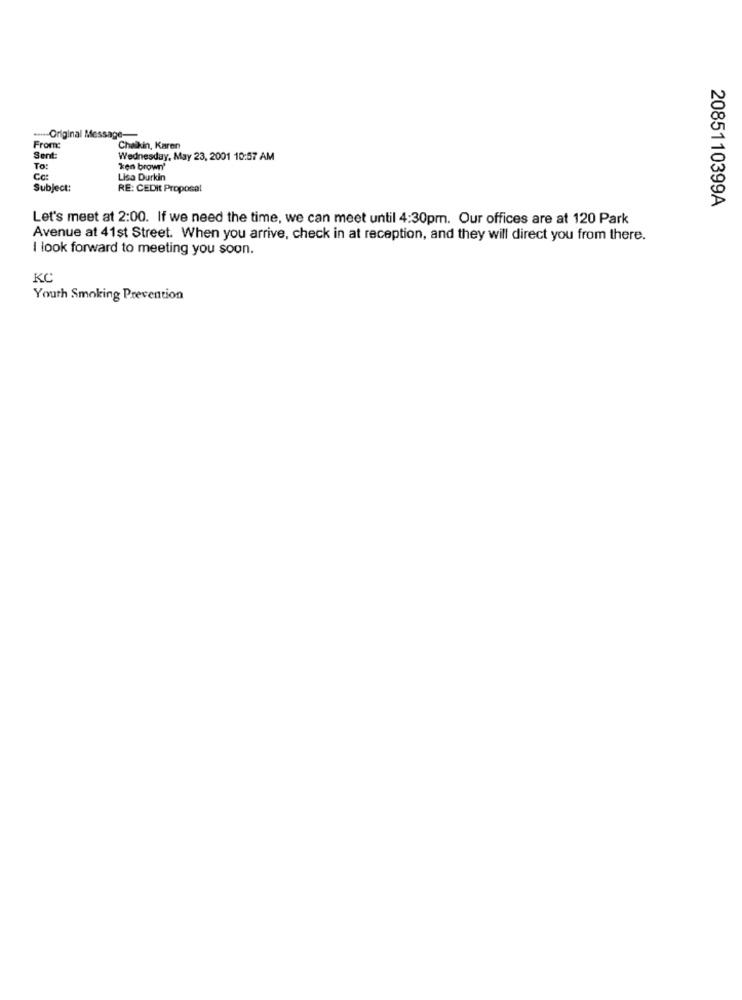
---- Original Message-
From:
Chaikin, Karen
Sent:
Wednesday, May 23, 2001 10:57 AM
To:
ken brown'
Cc:
Lisa Durkin
Subject:
RE: CEDit Proposat
2085110399A
Let's meet at 2:00. If we need the time, we can meet until 4:30pm. Our offices are at 120 Park
Avenue at 41st Street. When you arrive, check in at reception, and they will direct you from there.
I look forward to meeting you soon.
KC
Youth Smoking Prevention